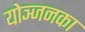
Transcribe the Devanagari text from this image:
योञ्जनका